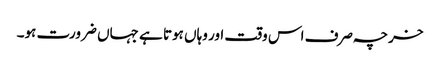
خرچہ صرف اس وقت اور وہاں ہوتا ہے جہاں ضرورت ہو۔